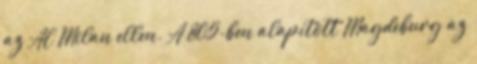
az AC Milan ellen. A 805-ben alapított Magdeburg az